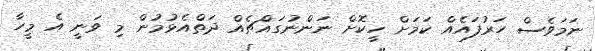
ނަމަވެސް ހަރުފައެއް ކަމަށް ހީކޮށް ނަންނުގައްޗެއް ދަތްއެޅުމުން މި ވަނީ އެ މީހާ